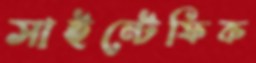
সাইন্টেফিক